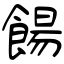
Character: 餳